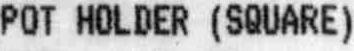
POT HOLDER (SQUARE)